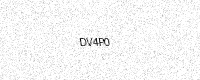
Text: DV4P0